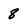
Character: 8